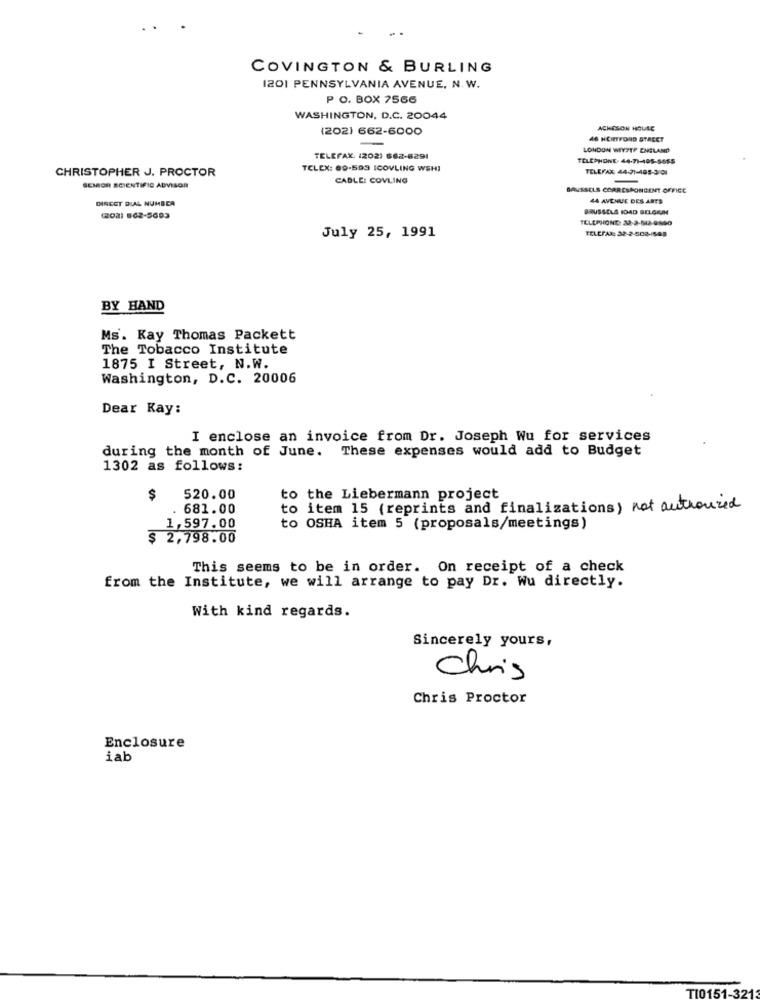
COVINGTON & BURLING
1201 PENNSYLVANIA AVENUE, N. W.
P O. BOX 7566
WASHINGTON, D.C. 20044
(202) 662-6000
ACHESON HOULE
-
46 HERTFORD STREET
LONDON WEYFTP ENGLAND
TELEFAX: (2021 662-6291
TELEPHONE 44-71-405-5655
CHRISTOPHER J. PROCTOR
TCLEX: 60-593 ICOVLING WSHI
TELEFAX 44-71-405-3/01
CABLE: COVLING
SENIOR SCIENTIFIC ADVISOR
BAUSSELS CORRESPONDENT OFFICE
DIRECT DIAL NUMBER
44 AVENUE DES ARTS
BRUSSELS IDAD BELGIAN
CORI 862-5603
TELEPHONE: 33-2-502-9890
TELEFAX: 32-2-508-688
July 25, 1991
BY HAND
Ms. Kay Thomas Packett
The Tobacco Institute
1875 I Street, N.W.
Washington, D.C. 20006
Dear Kay:
I enclose an invoice from Dr. Joseph Wu for services
during the month of June. These expenses would add to Budget
1302 as follows:
$
520.00
to the Liebermann project
681.00
to item 15 (reprints and finalizations) not authorized
1,597.00
to OSHA item 5 (proposals/meetings)
$ 2,798.00
This seems to be in order. On receipt of a check
from the Institute, we will arrange to pay Dr. Wu directly.
With kind regards.
Sincerely yours,
Chris
Chris Proctor
Enclosure
iab
T10151-32